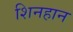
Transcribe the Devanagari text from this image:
शिनहान